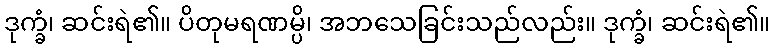
ဒုက္ခံ၊ ဆင်းရဲ၏။ ပိတုမရဏမ္ပိ၊ အဘသေခြင်းသည်လည်း။ ဒုက္ခံ၊ ဆင်းရဲ၏။